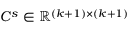
C ^ { s } \in \mathbb { R } ^ { ( k + 1 ) \times ( k + 1 ) }